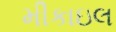
મીકાઇલ